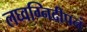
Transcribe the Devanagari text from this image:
लघ्वग्निदीपनं